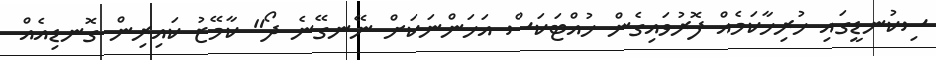
ސިކުނޑީގައި ހުރިހާކަމެއް ފޮރުވައިގެން ހުއްޓަކަސް އަހަންނަކަށް ނޭނގޭނެ ދޯ" ކާމޭޒު ކައިރިން ގޮނޑިއެއް